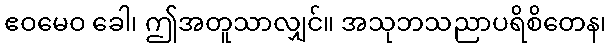
ဧဝမေဝ ခေါ၊ ဤအတူသာလျှင်။ အသုဘသညာပရိစိတေန၊